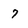
Character: 7